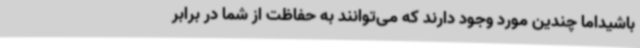
باشیداما چندین مورد وجود دارند که می‌توانند به حفاظت از شما در برابر